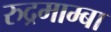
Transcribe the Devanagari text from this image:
रुद्रमाम्बा